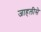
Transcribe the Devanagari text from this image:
जाहलीसे